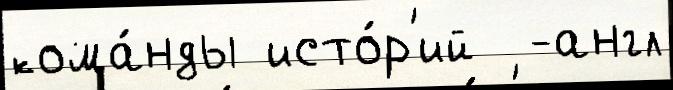
кома́нды исто́р'ий  -англ